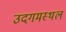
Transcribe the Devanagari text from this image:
उदगमस्थल